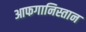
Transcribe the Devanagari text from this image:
आफगानिस्तान